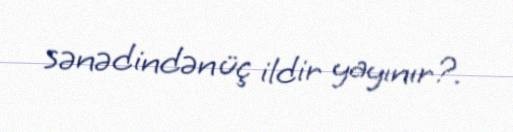
sənədindən üç ildir yayınır?.